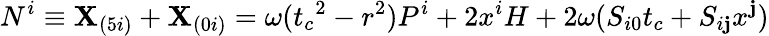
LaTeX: N^{i}\equiv\mathbf{X}_{(5i)}+\mathbf{X}_{(0i)}=\omega({t_{c}}^{2}-r^{2})P^{i}+2x^{i}H+2\omega(S_{i0}t_{c}+S_{i\mathbf{j}}x^{\mathbf{j}})